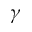
\gamma